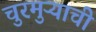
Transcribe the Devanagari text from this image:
चुरमुऱ्याची